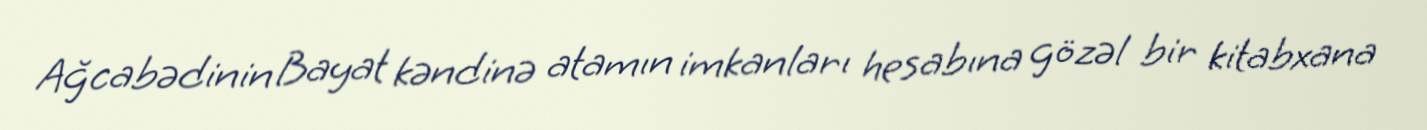
Ağcabədinin Bayat kəndinə atamın imkanları hesabına gözəl bir kitabxana